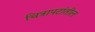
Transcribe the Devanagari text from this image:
चित्रापटांतील